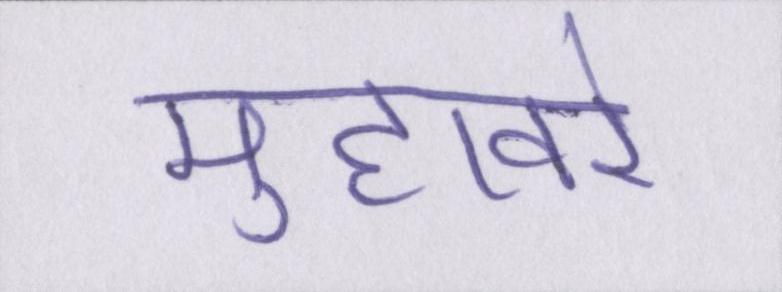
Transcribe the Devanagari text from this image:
मुहावरे